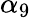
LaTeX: \alpha_{9}